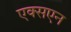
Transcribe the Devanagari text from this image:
एक्सएन